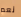
نعم